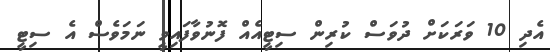
އެދި 10 ވަރަކަށް ދުވަސް ކުރިން ސިޓީއެއް ފޮނުވާފައިވީ ނަމަވެސް އެ ސިޓީ